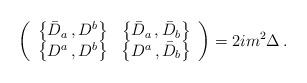
LaTeX: \begin{align*}\left(\begin{array}{cc}\left\{\bar D_a\, , D^b\right\} & \left\{\bar D_{a}\, , \bar D_{b} \right\}\\\left\{D^a\, , D^b \right\} & \left\{D^a\, , \bar D_b\right\}\end{array}\right) =2im^2 \Delta \, .\end{align*}